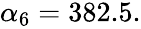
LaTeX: \begin{array}{r}{\alpha_{6}=382.5.}\end{array}